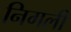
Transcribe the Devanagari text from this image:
निगली